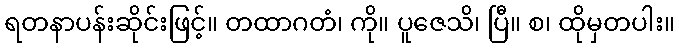
ရတနာပန်းဆိုင်းဖြင့်။ တထာဂတံ၊ ကို။ ပူဇေသိ၊ ပြီ။ စ၊ ထိုမှတပါး။